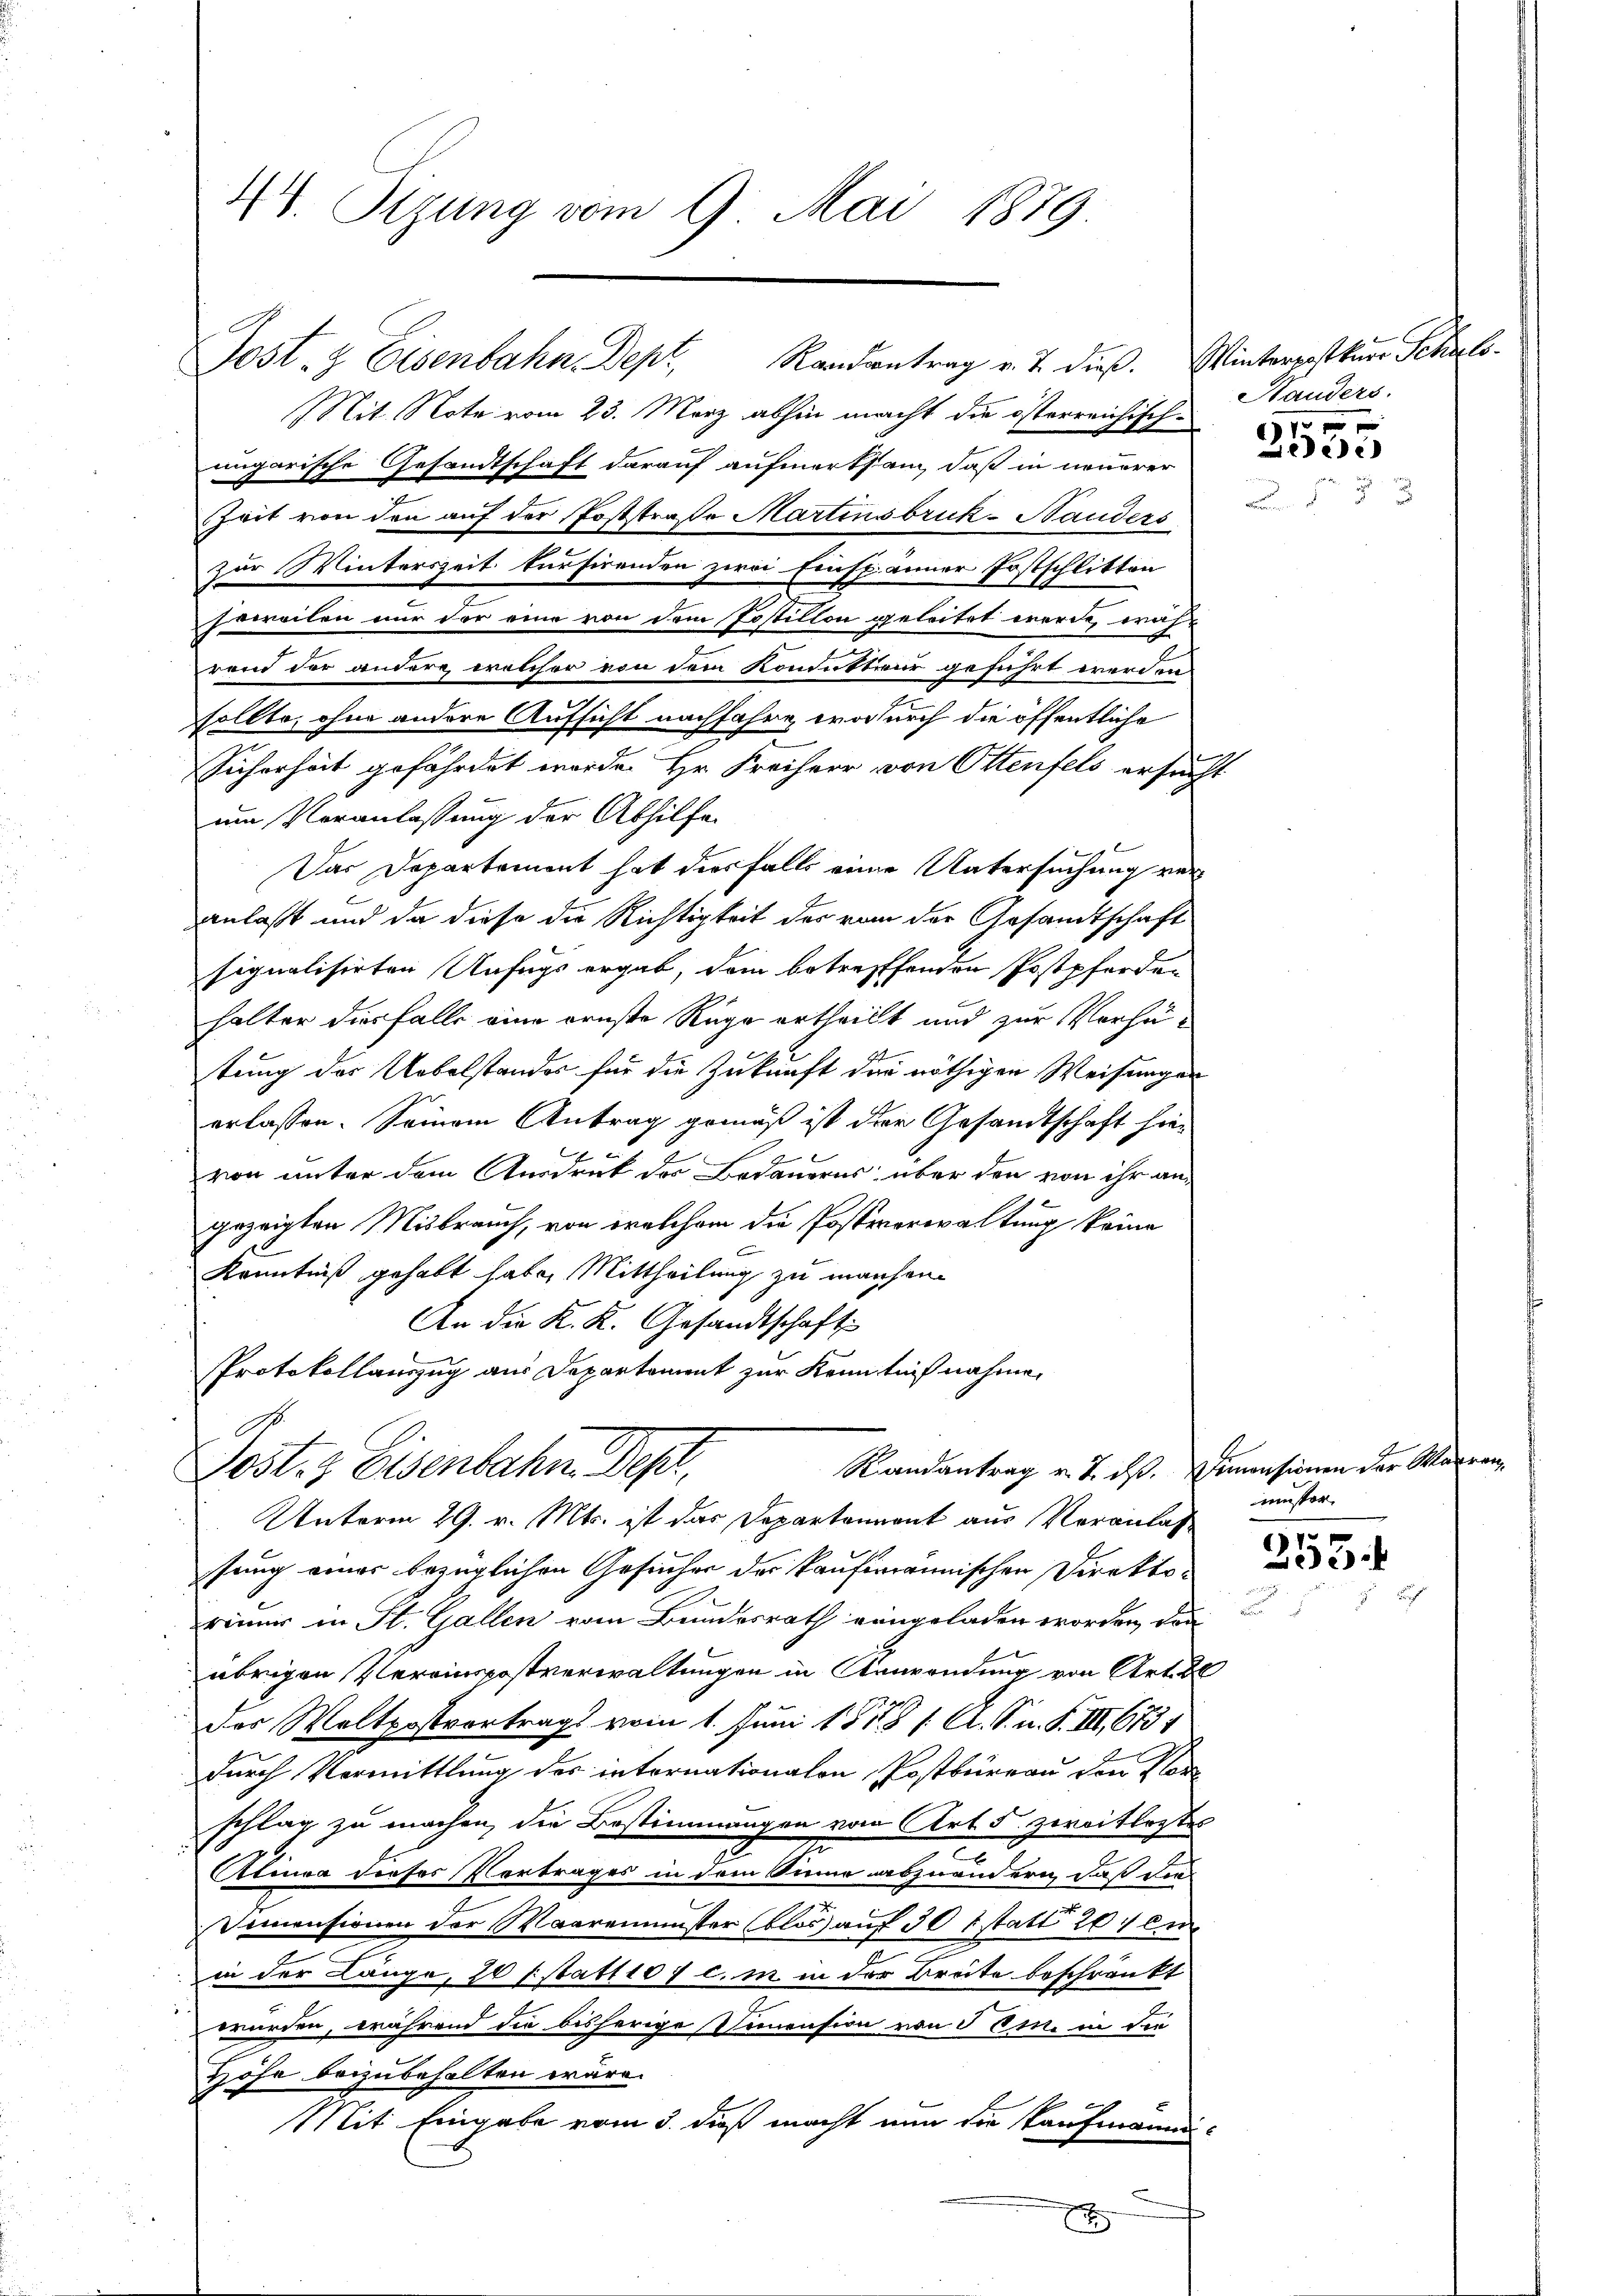
44. Sizung vom 9. Mai 1879

Mit Note vom 23. März abhin macht die österreichisch-
ungarische Gesandtschaft darauf aufmerksam, daß in neuerer
ZZeit von den auf der Poststraße Martinsbruk-Handers
zur Winterszeit kursirenden zwei Einsp. einer Postschlitten
soweilen nur der eine von dem Postillon geleitet werde, während der andere welcher von dem Komuttieur geführt werden
sollte, ohne andere Aufsicht nachfahre, wodurch die öffentliche
Sicherheit gefährdet worden Hr. Freiherr von Ottenfels ersucht
um Veranlassung der Abhilfe
Das Departement hat diesfalls eine Untersuchung veranlaßt und da diese die Richtigkeit des von der Gesandtschaft
signalisirten Unfugs ergab, dem betreffenden Postpferden
halter diesfalls eine ornste Rüge ertheilt und zur Vorhätung der Uebelstander für die Zukunft der nöthigen Weisungen
erlassen. Seinem Antrag gemäß ist der Gesandtschaft hie¬
F
von unter dem Ausdruck der Bedauerns über den von ihr angezeigten Mißbrauch, von welchem die Postverwaltung keine
Kenntniß gehabt habe. Mittheilung zu machen.
An die K. K. Gesandtschaft
Protokollauszug aus Departement zur Kenntnißnahme,
Randantrag v. J. dß. Diensionen der Warran
Post- & Eisenbahne Dep
Unterm 29. v. Mts. ist das Departennant aus Veranlaß
sung einer bezüglichen Gesucher der kaufmännischen Direktoriner in St. Gallen vom Bundesrath eingeladen worden, dan
übrigen Vereinspostverwaltungen in Anwendung von Art. 8
Das Waltpostvortrags vom 1. Juni 1818 / A. S. n. F. III 673 1
durch Vermittlung des internationalen Postbüreau den Vor
schlag zu machen, die Bestimmungen vom Art. 5 zweitleistes
Alinea derses Vortrages in dem Sinne abzuändern, daß die
Dimensionen der Maaremenster (blos auf 30 statt 207 ei
in der Länge, 10 statt 107 c. in in der Breite beschränkt
würden, während die bisherige Vermension von 5 Eine in die
Höhe beizubehalten wäre.
Mit Eingabe vom 5. dieß macht nun die Kaufmannixx

Post- & Eisenbahn. Dept. Randantrag v. J. dieß. Winterpostkurs Schalo¬

Hauders.
1 xx

Libere

muster,

7
3xx